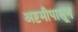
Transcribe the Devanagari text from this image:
अष्टमीपासून